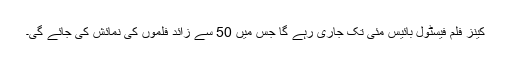
کینز فلم فیسٹول بائیس مئی تک جاری رہے گا جس میں 50 سے زائد فلموں کی نمائش کی جائے گی۔